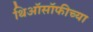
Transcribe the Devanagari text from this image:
थिऑसॉफीच्या